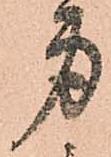
身